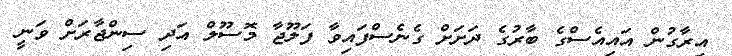
އިރާގުން އައިއެސްގެ ބާރުގެ ދަށަށް ގެނެސްފައިވާ ފަލޫޖާ މޮސޫލް އަދި ސިންޖާރަށް ވަނީ